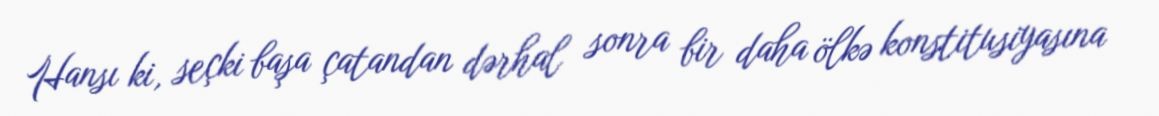
Hansı ki, seçki başa çatandan dərhal sonra bir daha ölkə konstitusiyasına